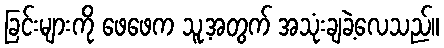
ခြင်းများကို ဖေဖေက သူ့အတွက် အသုံးချခဲ့လေသည်။